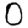
Digit: 0